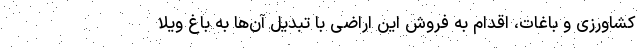
کشاورزی و باغات، اقدام به فروش این اراضی با تبدیل آن‌ها به باغ ویلا